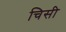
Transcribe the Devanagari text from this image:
चिसी